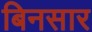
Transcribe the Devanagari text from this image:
बिनसार